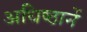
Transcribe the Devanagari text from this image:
अधिष्ठानें